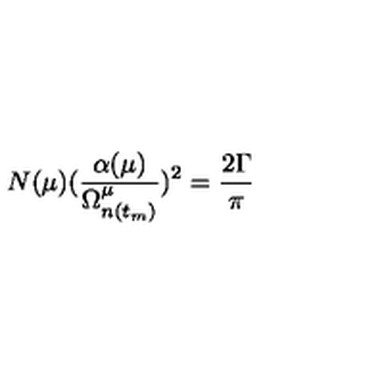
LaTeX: N ( \mu ) ( \frac { \alpha ( \mu ) } { \Omega _ { n ( t _ { m } ) } ^ { \mu } } ) ^ { 2 } = \frac { 2 \Gamma } { \pi }